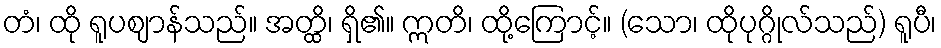
တံ၊ ထို ရူပဈာန်သည်။ အတ္ထိ၊ ရှိ၏။ ဣတိ၊ ထို့ကြောင့်။ (သော၊ ထိုပုဂ္ဂိုလ်သည်) ရူပီ၊